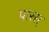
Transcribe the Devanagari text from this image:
पारस्